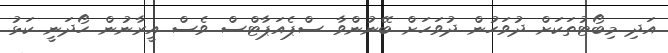
އަދި މިބޯޓުތަކަށް ދުވަހުން ދުވަހަށް ބޭނުންވާ ސްޕެއަޕާޓްސް ވެސް އީރާނުން ހޯދަނީ ކަޅު